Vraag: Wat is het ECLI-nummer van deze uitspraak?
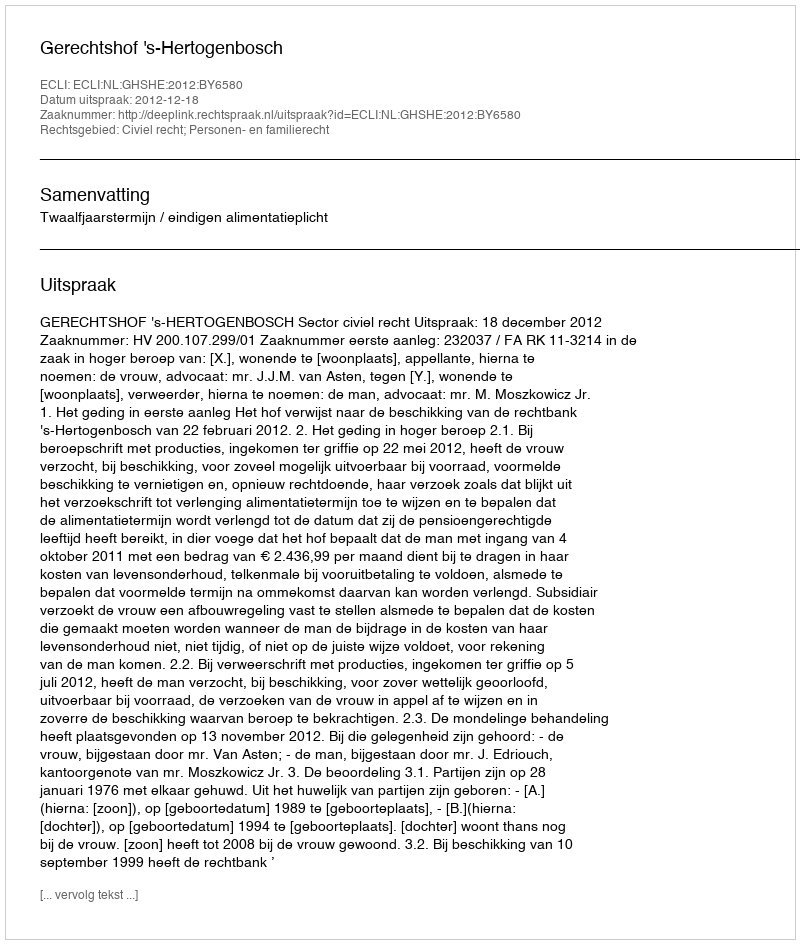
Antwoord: ECLI:NL:GHSHE:2012:BY6580